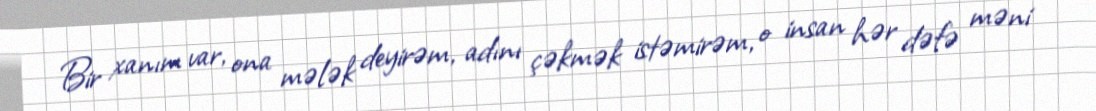
Bir xanım var, ona mələk deyirəm, adını çəkmək istəmirəm, o insan hər dəfə məni